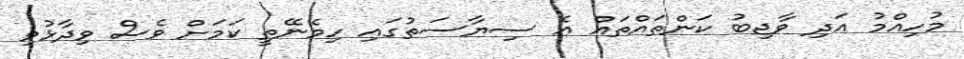
މުހިއްމު އަދި ވާޖިބު ކަންތައްތައް އެ ސިޔާސަތުގައި ހިމެނޭތީ ކަމަށް ވެސް ވިދާޅުވި